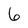
Character: 6